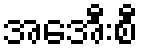
အေအီးစီ